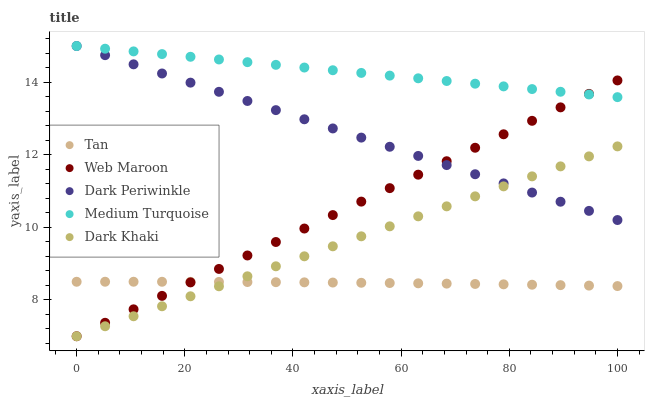
| xaxis_label | Tan | Web Maroon | Dark Periwinkle | Medium Turquoise | Dark Khaki |
 | --- | --- | --- | --- | --- | --- |
 | 0 | 8.5 | 7 | 15 | 15 | 7 |
 | 5.26 | 8.5 | 7.37 | 14.7 | 14.9 | 7.28 |
 | 10.5 | 8.5 | 7.74 | 14.5 | 14.9 | 7.55 |
 | 15.8 | 8.5 | 8.11 | 14.2 | 14.8 | 7.83 |
 | 21.1 | 8.5 | 8.48 | 14 | 14.7 | 8.1 |
 | 26.3 | 8.5 | 8.86 | 13.7 | 14.6 | 8.38 |
 | 31.6 | 8.49 | 9.23 | 13.5 | 14.6 | 8.65 |
 | 36.8 | 8.49 | 9.6 | 13.2 | 14.5 | 8.93 |
 | 42.1 | 8.49 | 9.97 | 13 | 14.4 | 9.2 |
 | 47.4 | 8.48 | 10.3 | 12.7 | 14.3 | 9.48 |
 | 52.6 | 8.47 | 10.7 | 12.5 | 14.3 | 9.75 |
 | 57.9 | 8.47 | 11.1 | 12.2 | 14.2 | 10 |
 | 63.2 | 8.46 | 11.5 | 12 | 14.1 | 10.3 |
 | 68.4 | 8.45 | 11.8 | 11.7 | 14 | 10.6 |
 | 73.7 | 8.44 | 12.2 | 11.5 | 14 | 10.9 |
 | 78.9 | 8.43 | 12.6 | 11.2 | 13.9 | 11.1 |
 | 84.2 | 8.42 | 12.9 | 11 | 13.8 | 11.4 |
 | 89.5 | 8.41 | 13.3 | 10.7 | 13.7 | 11.7 |
 | 94.7 | 8.4 | 13.7 | 10.5 | 13.7 | 12 |
 | 100 | 8.38 | 14.1 | 10.2 | 13.6 | 12.2 |